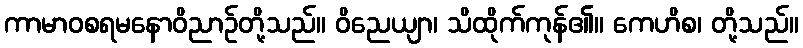
ကာမာဝစရမနောဝိညာဉ်တို့သည်။ ဝိညေယျာ၊ သိထိုက်ကုန်၏။ ကေဟိစ၊ တို့သည်။